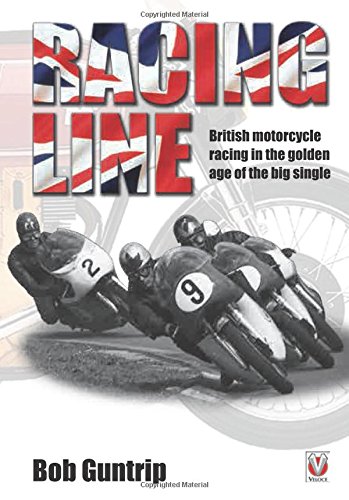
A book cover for Racing Line: British motorcycle racing in the golden age of the big single; Bob Guntrip; Sports & Outdoors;